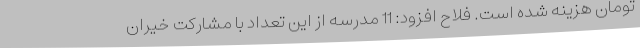
تومان هزینه شده است. فلاح افزود: 11 مدرسه از این تعداد با مشارکت خیران